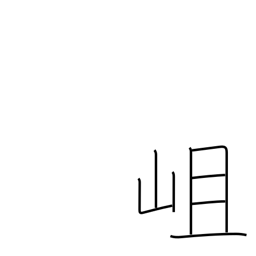
Meaning: a rocky mountain